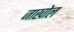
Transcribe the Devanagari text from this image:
जाखोल